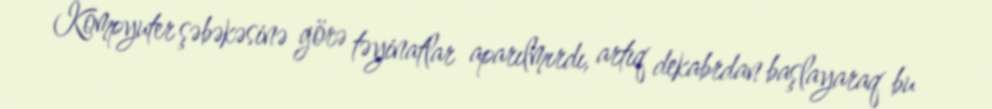
Kompyuter şəbəkəsinə görə təyinatlar aparılmırdı, artıq dekabrdan başlayaraq bu